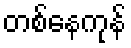
တစ်နေကုန်